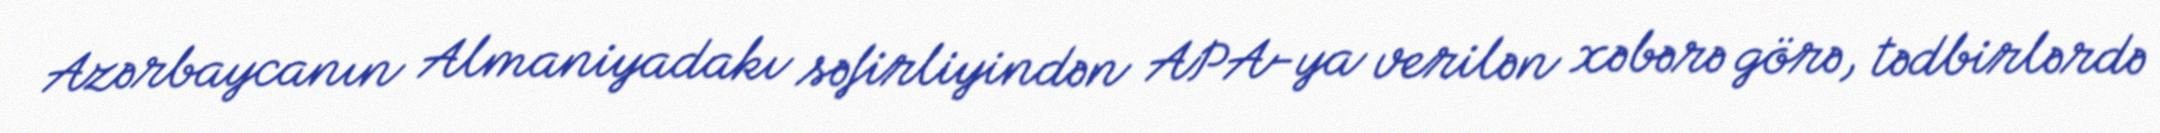
Azərbaycanın Almaniyadakı səfirliyindən APA-ya verilən xəbərə görə, tədbirlərdə